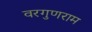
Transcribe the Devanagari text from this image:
वरगुणराम